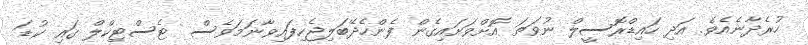
ހުރެދާނެއެވެ. އަދި ހައިޑްރޮސީލް ނުވަތަ އޮށްވަށައިގެން ފެންހެދޭބަލިޖެހިފައިވާނަމަވެސް  ޓެސްޓިކްލް ގައި ކުޑަ